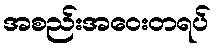
အစည်းအဝေးတရပ်